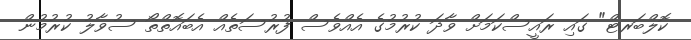
ކޮލްބަރޓް" ގައި ރައީސްކަމަށް ވާދަ ކުރުމުގެ އެއްވެސް ފުރުސަތެއް އެބައޮތްތޯ ސުވާލު ކުރުމުން